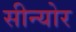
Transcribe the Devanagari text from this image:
सीन्योर